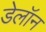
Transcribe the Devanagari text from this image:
डेलॉन